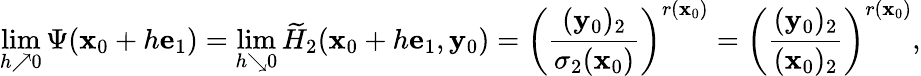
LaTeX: \operatorname*{lim}_{h\nearrow 0}\Psi(\mathbf x_{0}+h\mathbf e_{1})=\operatorname*{lim}_{h\searrow 0}\widetilde{H}_{2}(\mathbf x_{0}+h\mathbf e_{1},\mathbf y_{0})=\left(\frac{(\mathbf y_{0})_{2}}{\sigma_{2}(\mathbf x_{0})}\right)^{r(\mathbf x_{0})}=\left(\frac{(\mathbf y_{0})_{2}}{(\mathbf x_{0})_{2}}\right)^{r(\mathbf x_{0})},